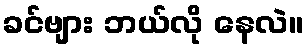
ခင်ဗျား ဘယ်လို နေလဲ။